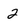
Character: 2